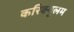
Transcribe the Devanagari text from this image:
करिक्युलम